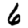
Digit: 6